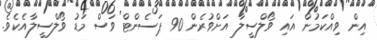
އިން ވިއްކަމުން އައި ވޯލްސީލާ އަށްވުރެން 90 ޕަސެންޓް ވަސް މަޑު ވޯލްސީލާއެކެވެ.